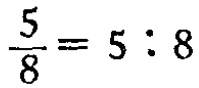
$\frac{5}{8}=5:8$